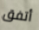
أتفق